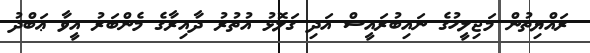
ރައްޔިތުން މަޖިލީހުގެ ނައިބުރައީސް އަދި ގަލޮޅު އުތުރު ދާއިރާގެ މެންބަރު އީވާ ޢަބްދު